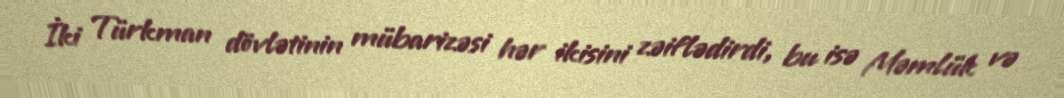
İki Türkman dövlətinin mübarizəsi hər ikisini zəiflədirdi, bu isə Məmlük və